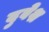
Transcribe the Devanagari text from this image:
दुबेश